Indian journal of veterinary science and animal husbandry - Volumes 22-23, 1952-1953
Year: 1952
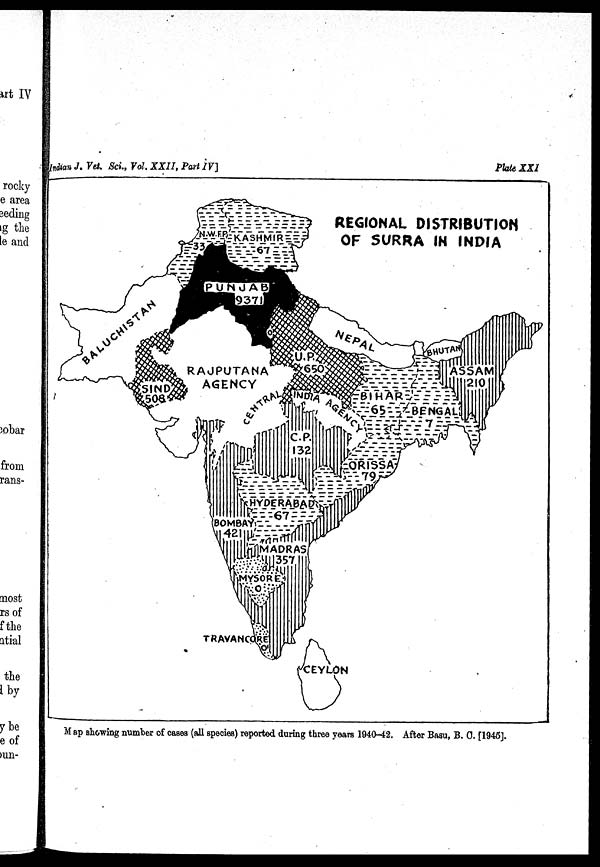
Indian J. Vet. Sci., Vol. XXII, Part IV]
Plate XXI
Map showing number of cases (all species) reported during three years 1940-42. After Basu, B. C. [1945].